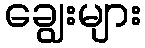
ချွေးများ